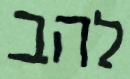
להב